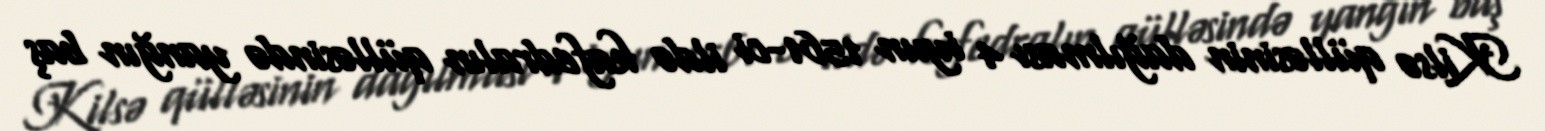
Kilsə qülləsinin dağılması 4 iyun 1561-ci ildə kafedralın qülləsində yanğın baş